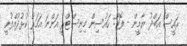
ރައީސް އަބްދު ޔާމީން - ފޮޓޯ: ހައުސިން މިނިސްޓްރީ އަންނަ އަހަރު ކުޅުދުއްފުށީ